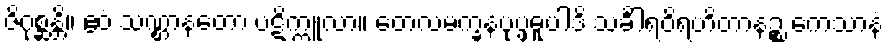
ဇိဂုစ္ဆန္တိ။ ဧဝံ သဏ္ဌာနတော ပဋိက္ကူလာ။ တေလမက္ခနပုပ္ဖဓူပါဒိ သင်္ခါရဝိရဟိတာနဉ္စ ကေသာနံ